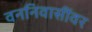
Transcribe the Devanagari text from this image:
वननिवासींवर